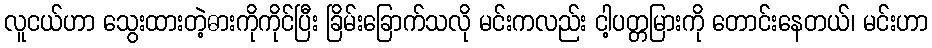
လူငယ်ဟာ သွေးထားတဲ့ဓားကိုကိုင်ပြီး ခြိမ်းခြောက်သလို မင်းကလည်း ငါ့ပတ္တမြားကို တောင်းနေတယ်၊ မင်းဟာ